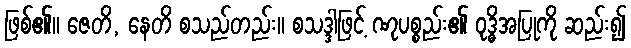
ဖြစ်၏။ ဇေတိ, နေတိ စသည်တည်း။ စသဒ္ဒါဖြင့် ဏုပစ္စည်း၏ ဝုဒ္ဓိအပြုကို ဆည်း၍